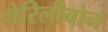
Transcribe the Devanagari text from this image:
मेरिलीबोन